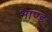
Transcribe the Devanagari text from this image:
भाण्ड